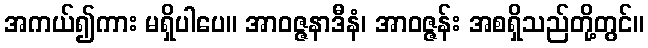
အကယ်၍ကား မရှိပါပေ။ အာဝဇ္ဇနာဒီနံ၊ အာဝဇ္ဇန်း အစရှိသည်တို့တွင်။